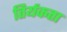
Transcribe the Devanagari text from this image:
तिर्यकता